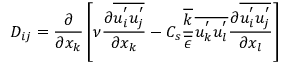
D _ { i j } = \frac { \partial } { \partial x _ { k } } \left[ \nu \frac { \partial \overline { { u _ { i } ^ { ' } u _ { j } ^ { ' } } } } { \partial x _ { k } } - C _ { s } \frac { \overline { { k } } } { \overline { { \epsilon } } } \overline { { u _ { k } ^ { ' } u _ { l } ^ { ' } } } \frac { \partial \overline { { u _ { i } ^ { ' } u _ { j } ^ { ' } } } } { \partial x _ { l } } \right]